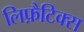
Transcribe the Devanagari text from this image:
लिफ़ैटिक्स